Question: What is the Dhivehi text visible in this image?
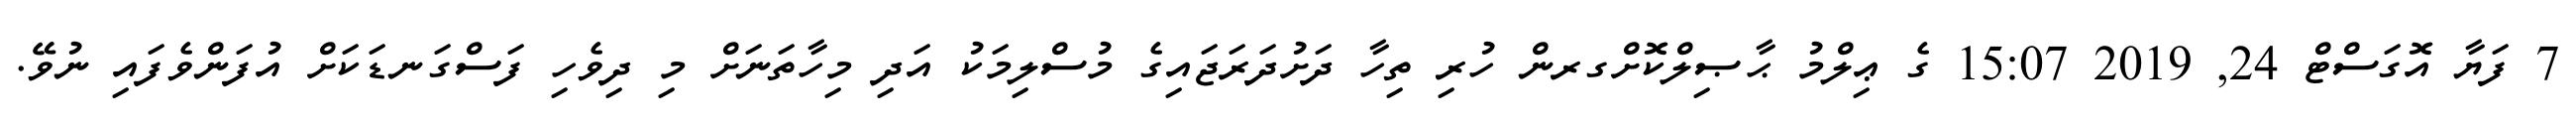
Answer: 7 ފަޔާ އޮގަސްޓް 24, 2019 15:07 ގެ ޢިލްމު ޙާޞިލްކޮށްގރން ހުރި ތިހާ ދަށުދަރަޖައިގެ މުސްލިމަކު އަދި މިހާތަނަށް މި ދިވެހި ފަސްގަނޑަކަށް އުފަންވެފައި ނުވޭ.